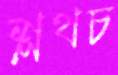
শ্লথচ